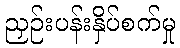
ညှဉ်းပန်းနှိပ်စက်မှု